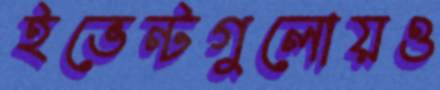
ইভেন্টগুলোয়ও